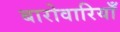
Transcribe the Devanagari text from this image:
बारोवारियाँ